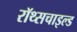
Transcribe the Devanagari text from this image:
रॉथ्सचाइल्ड